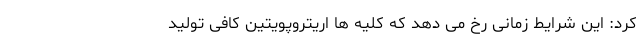
کرد: این شرایط زمانی رخ می دهد که کلیه ها اریتروپویتین کافی تولید